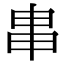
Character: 𤰶